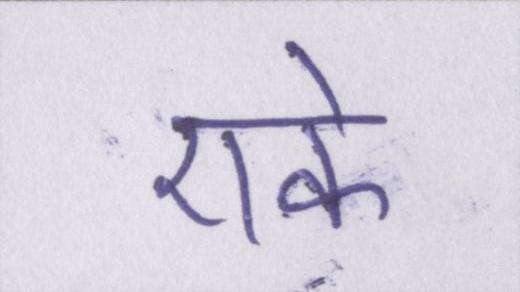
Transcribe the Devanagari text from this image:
एके